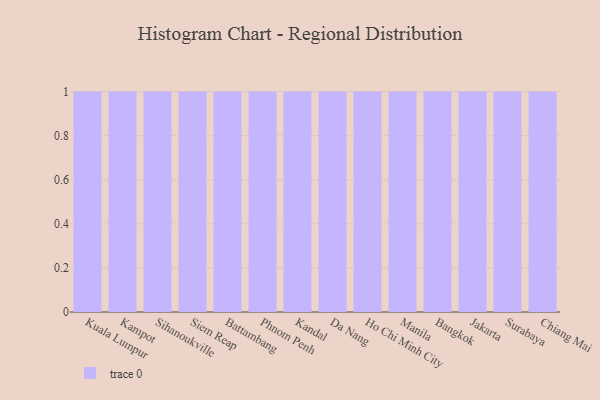
{"axis": {"x": "City", "y": "Headcount"}, "legend": [""], "data": [{"x": "Kuala Lumpur", "y": 66, "type": ""}, {"x": "Kampot", "y": 13, "type": ""}, {"x": "Sihanoukville", "y": 26, "type": ""}, {"x": "Siem Reap", "y": 9, "type": ""}, {"x": "Battambang", "y": 99, "type": ""}, {"x": "Phnom Penh", "y": 52, "type": ""}, {"x": "Kandal", "y": 2, "type": ""}, {"x": "Da Nang", "y": 12, "type": ""}, {"x": "Ho Chi Minh City", "y": 69, "type": ""}, {"x": "Manila", "y": 52, "type": ""}, {"x": "Bangkok", "y": 86, "type": ""}, {"x": "Jakarta", "y": 51, "type": ""}, {"x": "Surabaya", "y": 78, "type": ""}, {"x": "Chiang Mai", "y": 23, "type": ""}]}